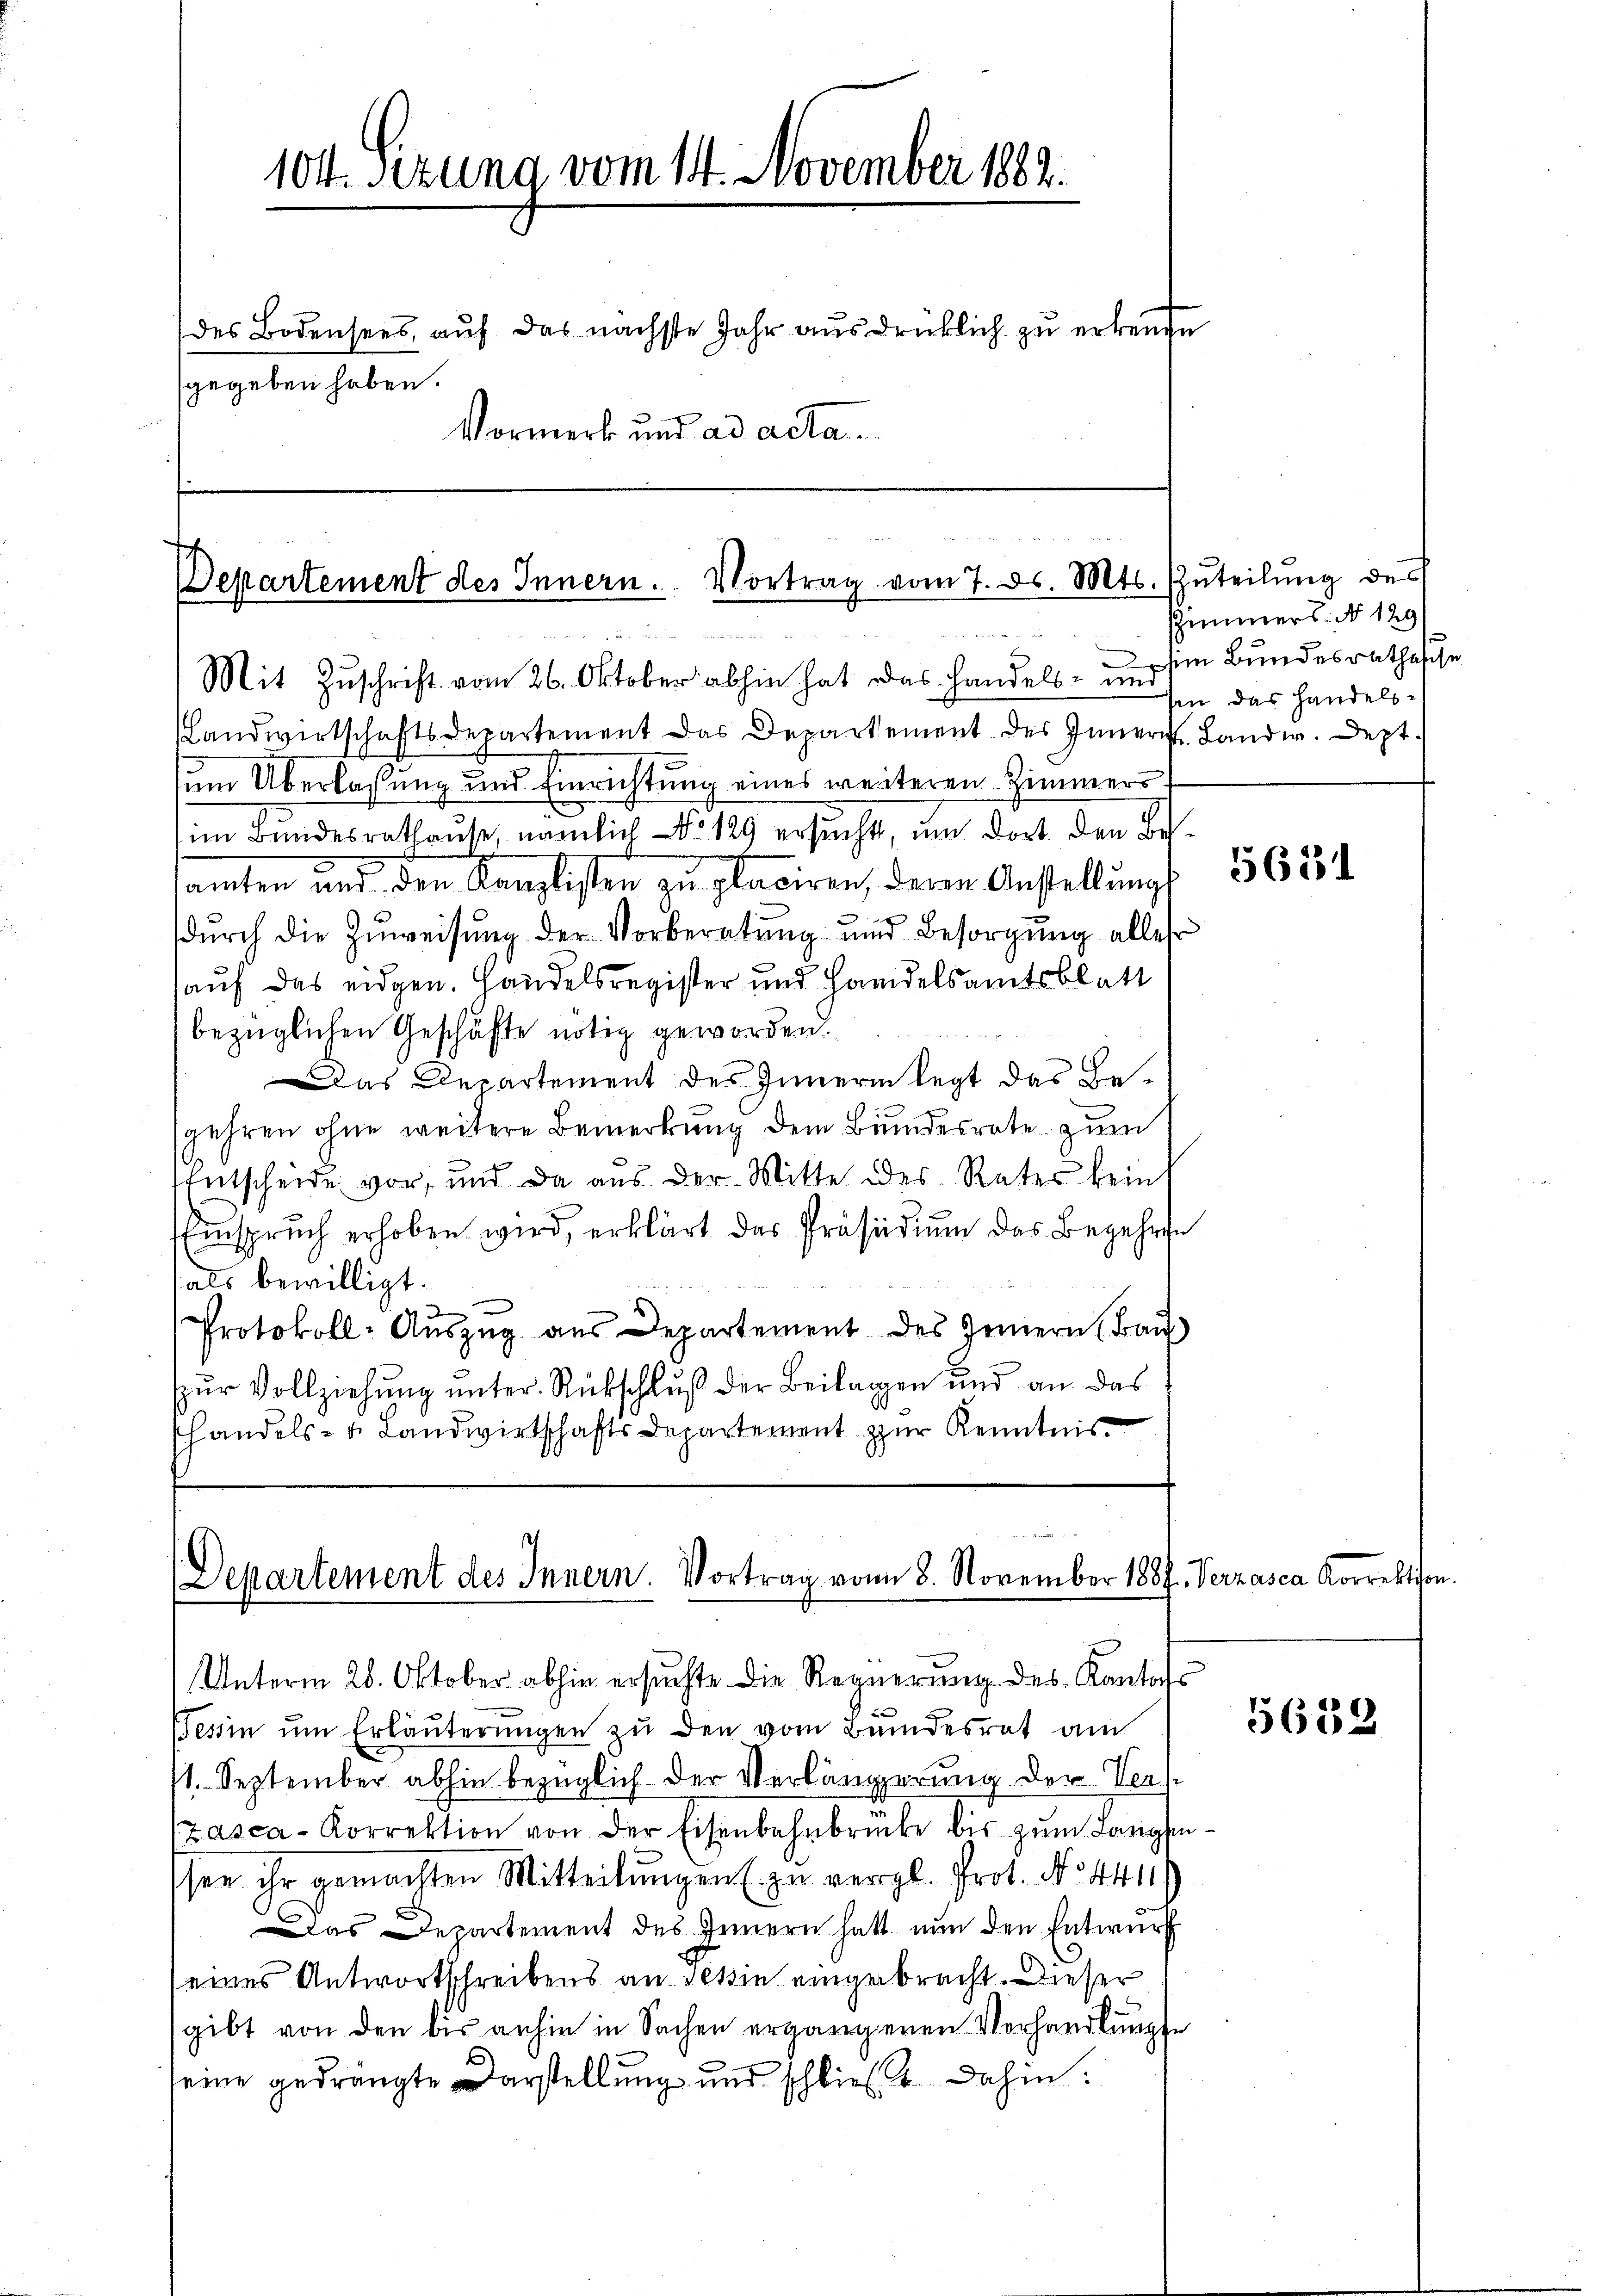
104. Sizung vom 14. November 1882.
des Bodensees, auf das nächste Jahr ausdrücklich zu erkende
gegeben haben.
Vormerk und ad acta.

Departement des Innern. Vortrag vom 7. ds. Mts. Zŭteilŭng des
Mit Zuschrift vom 26. Oktober abhin hat das Handels- und im Bundesrathesche

Landwirtschaftsdepartement das Departement des Innern. Landw. Sept.
um Überlassung und Einrichtung eines weiteren Zimmers
im Bundesrathause, nämlich No 129 ersucht, um dort den Beamten und den Kanzlisten zŭ placiren, deren Anstellŭng
dŭrch die Zuweisŭng der Vorberatŭng und Besorgŭng allehr
auf das eidgen. Handelsregister und Handelsamtsblatt
bezüglichen Geschäfte nötig geworden.
Das Departement des Innern legt das Begehren ohne weitere Bemerkung dem Bundesrate zum
Entscheide vor, und da aus der Mitte des Rates kein
Einspruch erhoben wird, erklärt des Präsidium des Begehren
fals bewilligt.

2
Protokoll-Aŭszŭg aŭs Departement des Innern Bau
ur Vollziehung unter Rückschluß der Beilagen und an das
shandels- u. Landwirtschafts Departement zur Kenntnis

(Departement des Innern. Vortrag vom 8. November 1889

Unterm 28. Oktober abhin ersuchte die Regierung des Kantons
Tessin ŭm Erläuterŭngen zŭ den vom Bŭndesrat am
1. September abhin bezüglich der Verlängerung der Ver
zasca-Korrektion von der Eisenbahnbrücke bis zum Langssee ihr gemachten Mitteilungen (zu vergl. Prot. No 4411
u
Das Departement des Innern hatt nun den Entwurf
eines Antwortschreibens an Teßin eingebracht. Dieser
gibt von den bis anhin in Sachen ergängeren Vorhandlunge
seine gedrängte Darstellung und schließt dahin:

ZZimmers. No 129
sen das Handels¬

5651

s. Verhasca Korrektion

5639